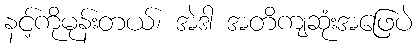
နင့်ကိုမုန်းတယ်၊ အဲဒါ အတိကျဆုံးအဖြေပဲ